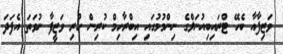
ވަޒިފާއާ ބެހޭ ޓްރައިބިއުނަލްގެ ނިންމުމުގައި އިބްރާހިމް ކުރިން ހުރި ވަޒީފާ ނުވަތަ އެފަދަ